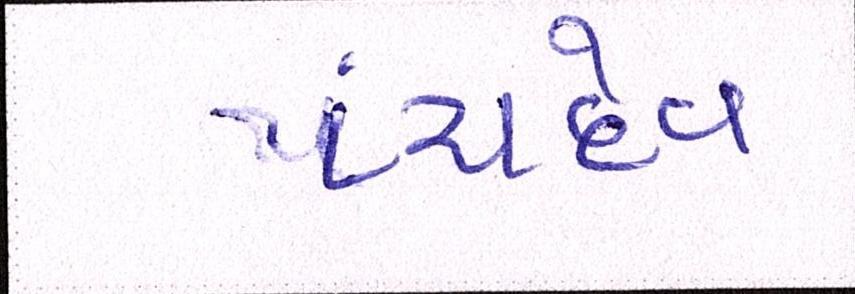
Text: પંચદેવ